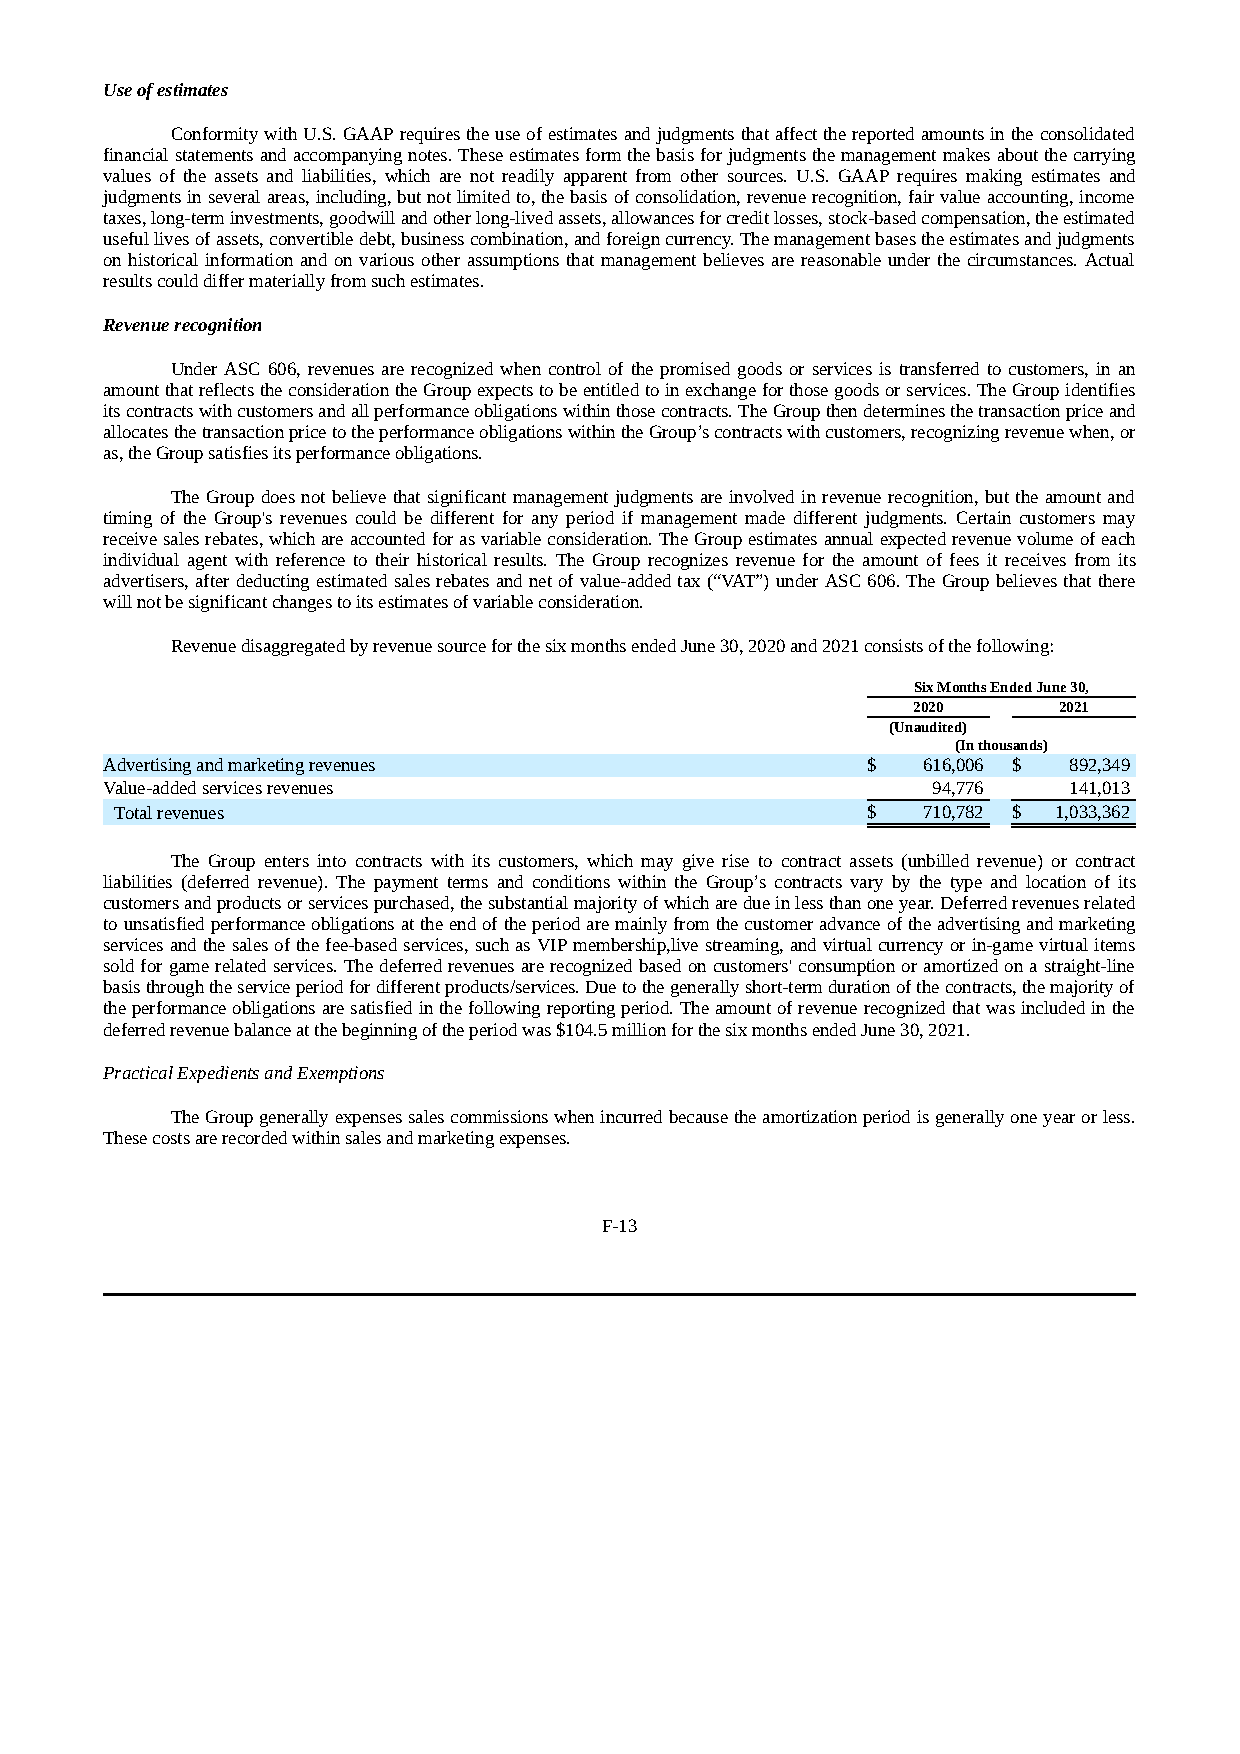
Use of estimates
 Conformity with U.S. GAAP requires the use of estimates and judgments that affect the reported amounts in the consolidated
 financial statements and accompanying notes. These estimates form the basis for judgments the management makes about the carrying
 values of the assets and liabilities, which are not readily apparent from other sources. U.S. GAAP requires making estimates and
 judgments in several areas, including, but not limited to, the basis of consolidation, revenue recognition, fair value accounting, income
 taxes, long-term investments, goodwill and other long-lived assets, allowances for credit losses, stock-based compensation, the estimated
 useful lives of assets, convertible debt, business combination, and foreign currency. The management bases the estimates and judgments
 on historical information and on various other assumptions that management believes are reasonable under the circumstances. Actual
 results could differ materially from such estimates.
 Revenue recognition
 Under ASC 606, revenues are recognized when control of the promised goods or services is transferred to customers, in an
 amount that reflects the consideration the Group expects to be entitled to in exchange for those goods or services. The Group identifies
 its contracts with customers and all performance obligations within those contracts. The Group then determines the transaction price and
 allocates the transaction price to the performance obligations within the Group’s contracts with customers, recognizing revenue when, or
 as, the Group satisfies its performance obligations.
 The Group does not believe that significant management judgments are involved in revenue recognition, but the amount and
 timing of the Group's revenues could be different for any period if management made different judgments. Certain customers may
 receive sales rebates, which are accounted for as variable consideration. The Group estimates annual expected revenue volume of each
 individual agent with reference to their historical results. The Group recognizes revenue for the amount of fees it receives from its
 advertisers, after deducting estimated sales rebates and net of value-added tax (“VAT”) under ASC 606. The Group believes that there
 will not be significant changes to its estimates of variable consideration.
 Revenue disaggregated by revenue source for the six months ended June 30, 2020 and 2021 consists of the following:
 Six Months Ended June 30,
 2020      2021
 (Unaudited)
 (In thousands)
 Advertising and marketing revenues                $   616,006 $ 892,349
 Value-added services revenues                          94,776   141,013
 Total revenues                                   $   710,782 $ 1,033,362
 The Group enters into contracts with its customers, which may give rise to contract assets (unbilled revenue) or contract
 liabilities (deferred revenue). The payment terms and conditions within the Group’s contracts vary by the type and location of its
 customers and products or services purchased, the substantial majority of which are due in less than one year. Deferred revenues related
 to unsatisfied performance obligations at the end of the period are mainly from the customer advance of the advertising and marketing
 services and the sales of the fee-based services, such as VIP membership,live streaming, and virtual currency or in-game virtual items
 sold for game related services. The deferred revenues are recognized based on customers' consumption or amortized on a straight-line
 basis through the service period for different products/services. Due to the generally short-term duration of the contracts, the majority of
 the performance obligations are satisfied in the following reporting period. The amount of revenue recognized that was included in the
 deferred revenue balance at the beginning of the period was $104.5 million for the six months ended June 30, 2021.
 Practical Expedients and Exemptions
 The Group generally expenses sales commissions when incurred because the amortization period is generally one year or less.
 These costs are recorded within sales and marketing expenses.
 F-13